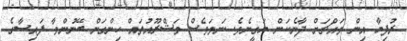
ރުފިޔާ އިން މައްޗަށް ދާނެކަން ޔަގީނެވެ. ނަމަވެސް މަޝްރޫއުތައް ހިންގަން ބޭނުންވާ ފައިސާގެ